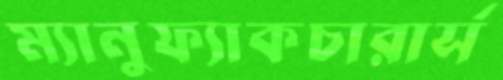
ম্যানুফ্যাকচারার্স